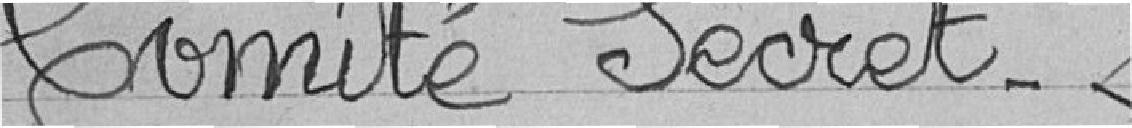
Comité Secret